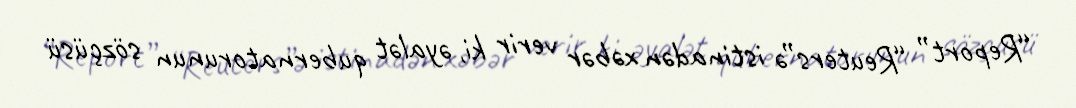
“Report” “Reuters”ə istinadən xəbər verir ki, əyalət qubernatorunun sözçüsü